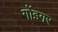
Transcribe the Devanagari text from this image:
गोंइगर